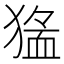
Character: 𱮖